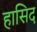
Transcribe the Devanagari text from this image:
हासिद